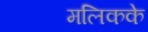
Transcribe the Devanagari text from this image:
मलिकके